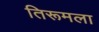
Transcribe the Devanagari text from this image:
तिरूमला